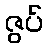
ဇွပ်